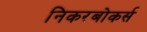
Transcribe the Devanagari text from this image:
निकरबोकर्स